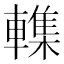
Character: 𮝨